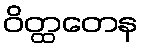
ဝိတ္ထတေန